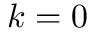
k = 0